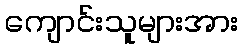
ကျောင်းသူများအား